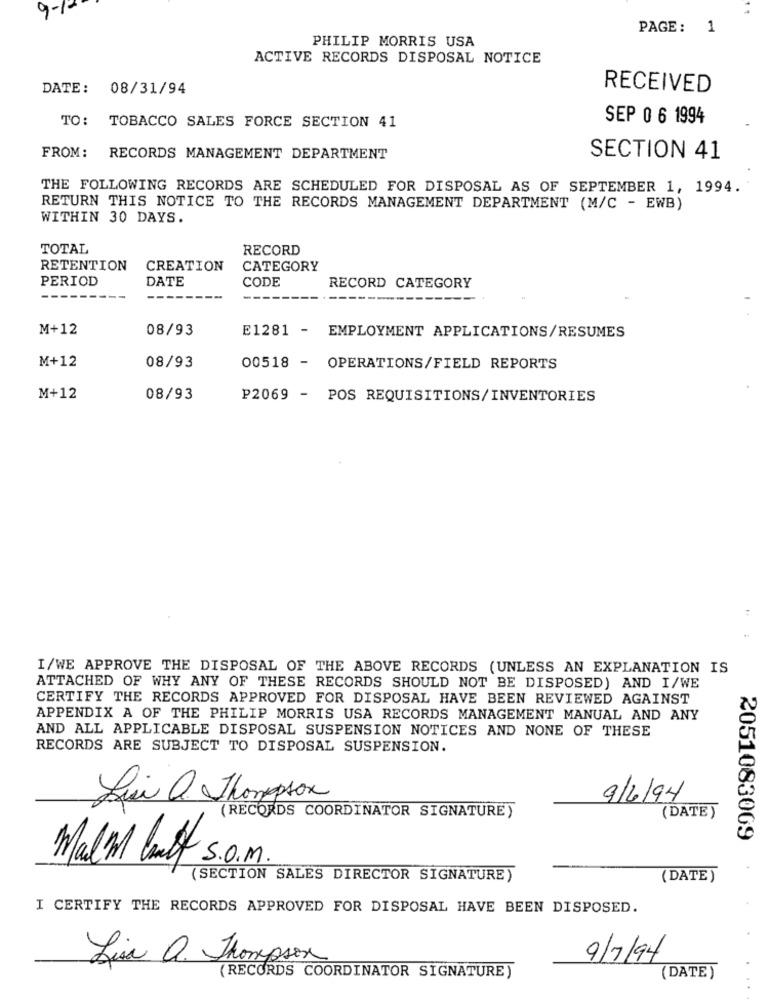
9-1-
PAGE: 1
PHILIP MORRIS USA
ACTIVE RECORDS DISPOSAL NOTICE
DATE: 08/31/94
RECEIVED
TO: TOBACCO SALES FORCE SECTION 41
SEP 0 6 1994
FROM: RECORDS MANAGEMENT DEPARTMENT
SECTION 41
THE FOLLOWING RECORDS ARE SCHEDULED FOR DISPOSAL AS OF SEPTEMBER 1, 1994.
RETURN THIS NOTICE TO THE RECORDS MANAGEMENT DEPARTMENT (M/C - EWB)
WITHIN 30 DAYS.
TOTAL
RECORD
RETENTION
CREATION
CATEGORY
PERIOD
DATE
CODE
RECORD CATEGORY
M+12
08/93
E1281 - EMPLOYMENT APPLICATIONS/RESUMES
M+12
08/93
00518 - OPERATIONS/FIELD REPORTS
M+12
08/93
P2069 - POS REQUISITIONS/INVENTORIES
I/WE APPROVE THE DISPOSAL OF THE ABOVE RECORDS (UNLESS AN EXPLANATION IS
ATTACHED OF WHY ANY OF THESE RECORDS SHOULD NOT BE DISPOSED) AND I/WE
CERTIFY THE RECORDS APPROVED FOR DISPOSAL HAVE BEEN REVIEWED AGAINST
APPENDIX A OF THE PHILIP MORRIS USA RECORDS MANAGEMENT MANUAL AND ANY
AND ALL APPLICABLE DISPOSAL SUSPENSION NOTICES AND NONE OF THESE
RECORDS ARE SUBJECT TO DISPOSAL SUSPENSION.
Lui O Thompson
9/6/94
(RECORDS COORDINATOR SIGNATURE)
(DATE)
2051083069
Malm Galt S.O.M.
(SECTION SALES DIRECTOR SIGNATURE)
(DATE)
I CERTIFY THE RECORDS APPROVED FOR DISPOSAL HAVE BEEN DISPOSED.
Lisa Q. Thompson
9/7/94
(RECORDS COORDINATOR SIGNATURE)
(DATE)